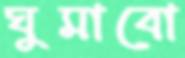
ঘুমাবো